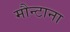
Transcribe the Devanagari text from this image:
मौन्टाना